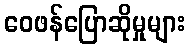
ဝေဖန်ပြောဆိုမှုများ